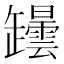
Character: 𦉡